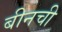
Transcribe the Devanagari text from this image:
बीनची